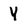
Character: Y